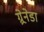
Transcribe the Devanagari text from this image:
ग्र्रेनेडा